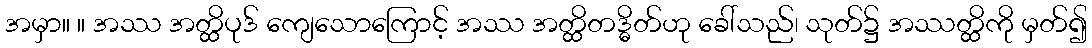
အမှာ။ ။ အဿ အတ္ထိပုဒ် ကျေသောကြောင့် အဿ အတ္ထိတဒ္ဓိတ်ဟု ခေါ်သည်၊ သုတ်၌ အဿတ္ထိကို မှတ်၍